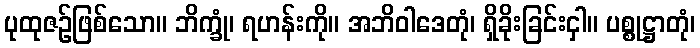
ပုထုဇဉ်ဖြစ်သော။ ဘိက္ခုံ၊ ရဟန်းကို။ အဘိဝါဒေတုံ၊ ရှိခိုးခြင်းငှါ။ ပစ္စုဋ္ဌာတုံ၊